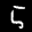
Label: 5